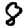
Digit: 8